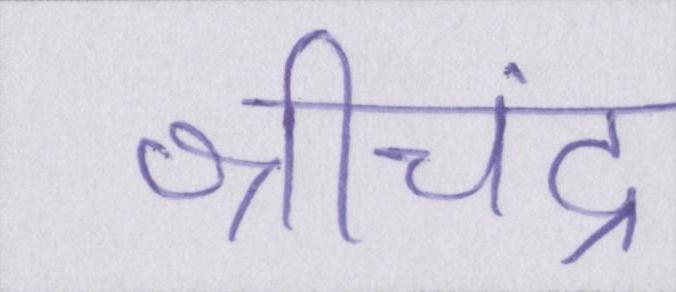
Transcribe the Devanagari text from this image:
श्रीचंद्र